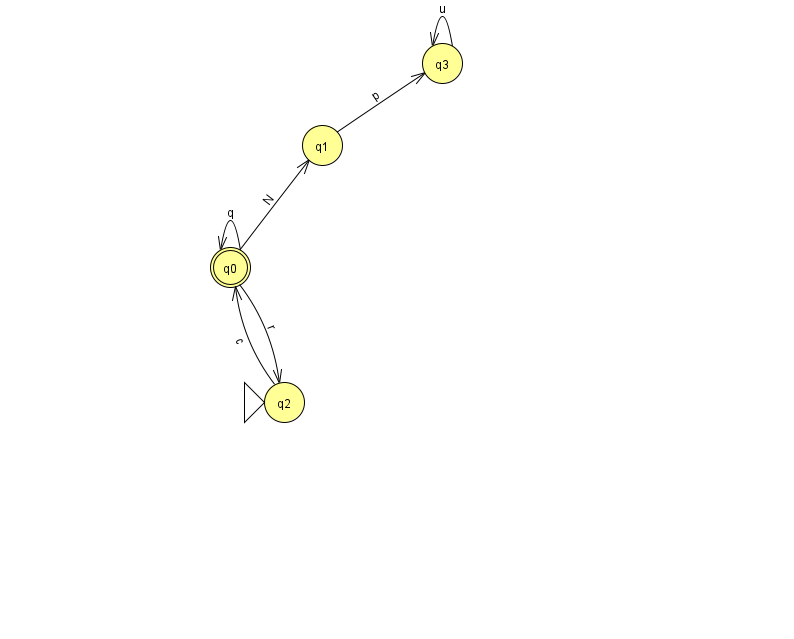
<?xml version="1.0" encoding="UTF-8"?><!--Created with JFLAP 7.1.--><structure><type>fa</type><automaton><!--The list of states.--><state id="0" name="q0"><x>230.0</x><y>254.0</y><final/></state><state id="1" name="q1"><x>322.0</x><y>132.0</y></state><state id="2" name="q2"><x>284.0</x><y>389.0</y><initial/></state><state id="3" name="q3"><x>442.0</x><y>50.0</y></state><!--The list of transitions.--><transition><from>0</from><to>0</to><read>q</read></transition><transition><from>3</from><to>3</to><read>u</read></transition><transition><from>0</from><to>1</to><read>N</read></transition><transition><from>1</from><to>3</to><read>p</read></transition><transition><from>0</from><to>2</to><read>r</read></transition><transition><from>2</from><to>0</to><read>c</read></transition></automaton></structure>